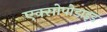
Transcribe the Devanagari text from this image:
एक्सोपोडाइड